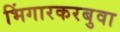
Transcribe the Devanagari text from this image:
भिंगारकरबुवा